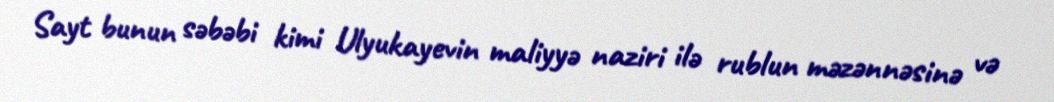
Sayt bunun səbəbi kimi Ulyukayevin maliyyə naziri ilə rublun məzənnəsinə və